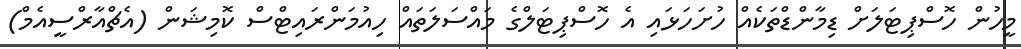
މީހުން ހޮސްޕިޓަލަށް ޑިމާންޑްތަކެއް ހުށަހަޅައި އެ ހޮސްޕިޓަލްގެ މައްސަލަތައް ހިއުމަންރައިޓްސް ކޮމިޝަން (އެޗްއާރްސީއެމް)